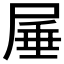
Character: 𭕠